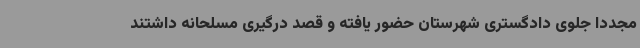
مجدداً جلوی دادگستری شهرستان حضور یافته و قصد درگیری مسلحانه داشتند